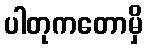
ပါတုကတောမှိ